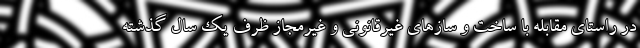
در راستای مقابله با ساخت و سازهای غیرقانونی و غیرمجاز ظرف یک سال گذشته